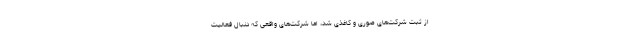
از ثبت شرکت‌های صوری و کاغذی شد، اما شرکت‌های واقعی که دنبال فعالیت